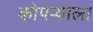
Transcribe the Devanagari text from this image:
कोपऱ्याला